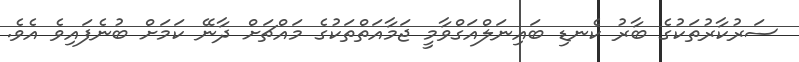
ސަރުކާރުތަކުގެ ބާރު ކެނޑި ބައިނަލްއަގްވާމީ ޖަމާއަތްތަކުގެ މައްޗަށް ދާނޭ ކަމަށް ބުނެފައިވެ އެވެ.